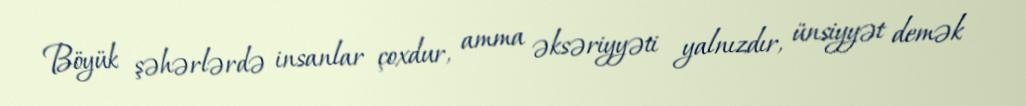
Böyük şəhərlərdə insanlar çoxdur, amma əksəriyyəti yalnızdır, ünsiyyət demək